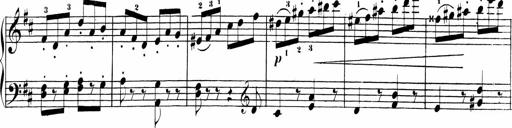
Title: Sonatinas
Composer: Andrew Violette